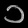
Digit: ၁